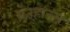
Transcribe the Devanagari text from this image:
ब्रेउहाउस